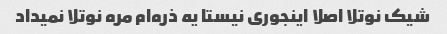
شیک‌ نوتلا اصلا اینجوری نیستا یه ذره‌ام مره نوتلا نمیداد